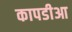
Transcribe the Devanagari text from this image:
कापडीआ